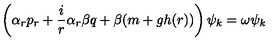
\left( \alpha _ { r } p _ { r } + \frac { i } { r } \alpha _ { r } \beta q + \beta ( m + g h ( r ) ) \right) \psi _ { k } = \omega \psi _ { k }